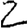
Digit: 2